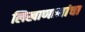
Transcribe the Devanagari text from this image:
लिखाणानांचा